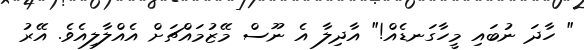
" ހާދަ ނުބައި މީހާގަނޑެއް!" އާދިލާ އެ ނޫސް މޭޒުމައްޗަށް އެއްލާލިއެވެ. އޭރު